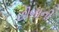
છીબાની